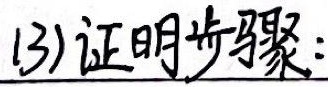
(3)证明步骤：